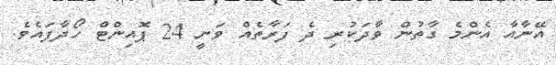
އޭނާއާ އެންމެ ގާތުން ވާދަކުރި ދެ ފަރާތެއް ވަނީ 24 ޕޮއިންޓް ހޯދާފައެވެ.